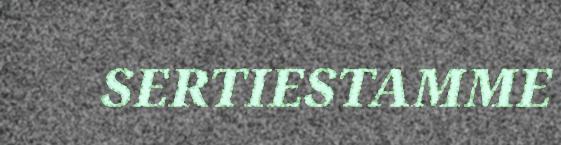
SERTIESTAMME